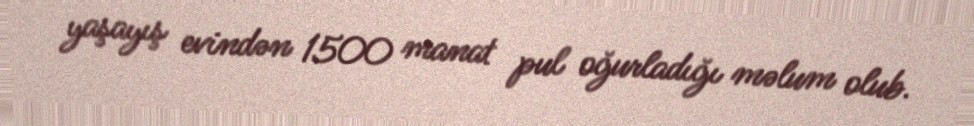
yaşayış evindən 1500 manat pul oğurladığı məlum olub.